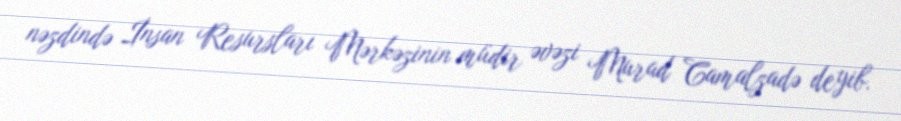
nəzdində İnsan Resursları Mərkəzinin müdir əvəzi Murad Camalzadə deyib.